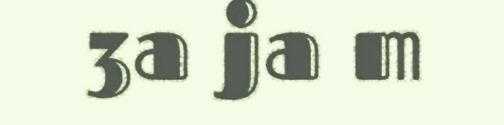
3a ja m